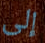
إلى